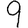
Digit: 9